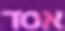
אסד